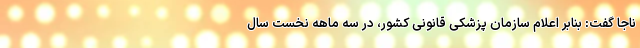
ناجا گفت: بنابر اعلام سازمان پزشکی قانونی کشور، در سه ماهه نخست سال